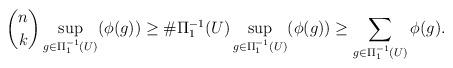
LaTeX: \begin{align*} \binom{n}{k}\sup_{g\in\Pi_1^{-1}(U)}(\phi(g))\geq \#\Pi_1^{-1}(U)\sup_{g\in\Pi_1^{-1}(U)}(\phi(g))\geq\sum_{g\in\Pi_1^{-1}(U)}\phi(g).\end{align*}